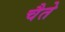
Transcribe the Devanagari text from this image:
चैते